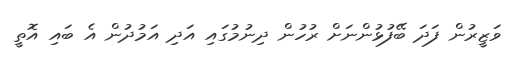
ވަޒީރުން ފަދަ ބޭފުޅުންނަށް ރުހުން ދިނުމުގައި އަދި އަމުދުން އެ ބައި އޮތީ